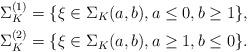
LaTeX: \begin{align*} \Sigma_K^{(1)} &= \{ \xi \in \Sigma_K (a,b), a \leq 0, b \geq 1 \}, \\ \Sigma_K^{(2)} &= \{ \xi \in \Sigma_K (a,b), a \geq 1, b \leq 0 \}.\end{align*}